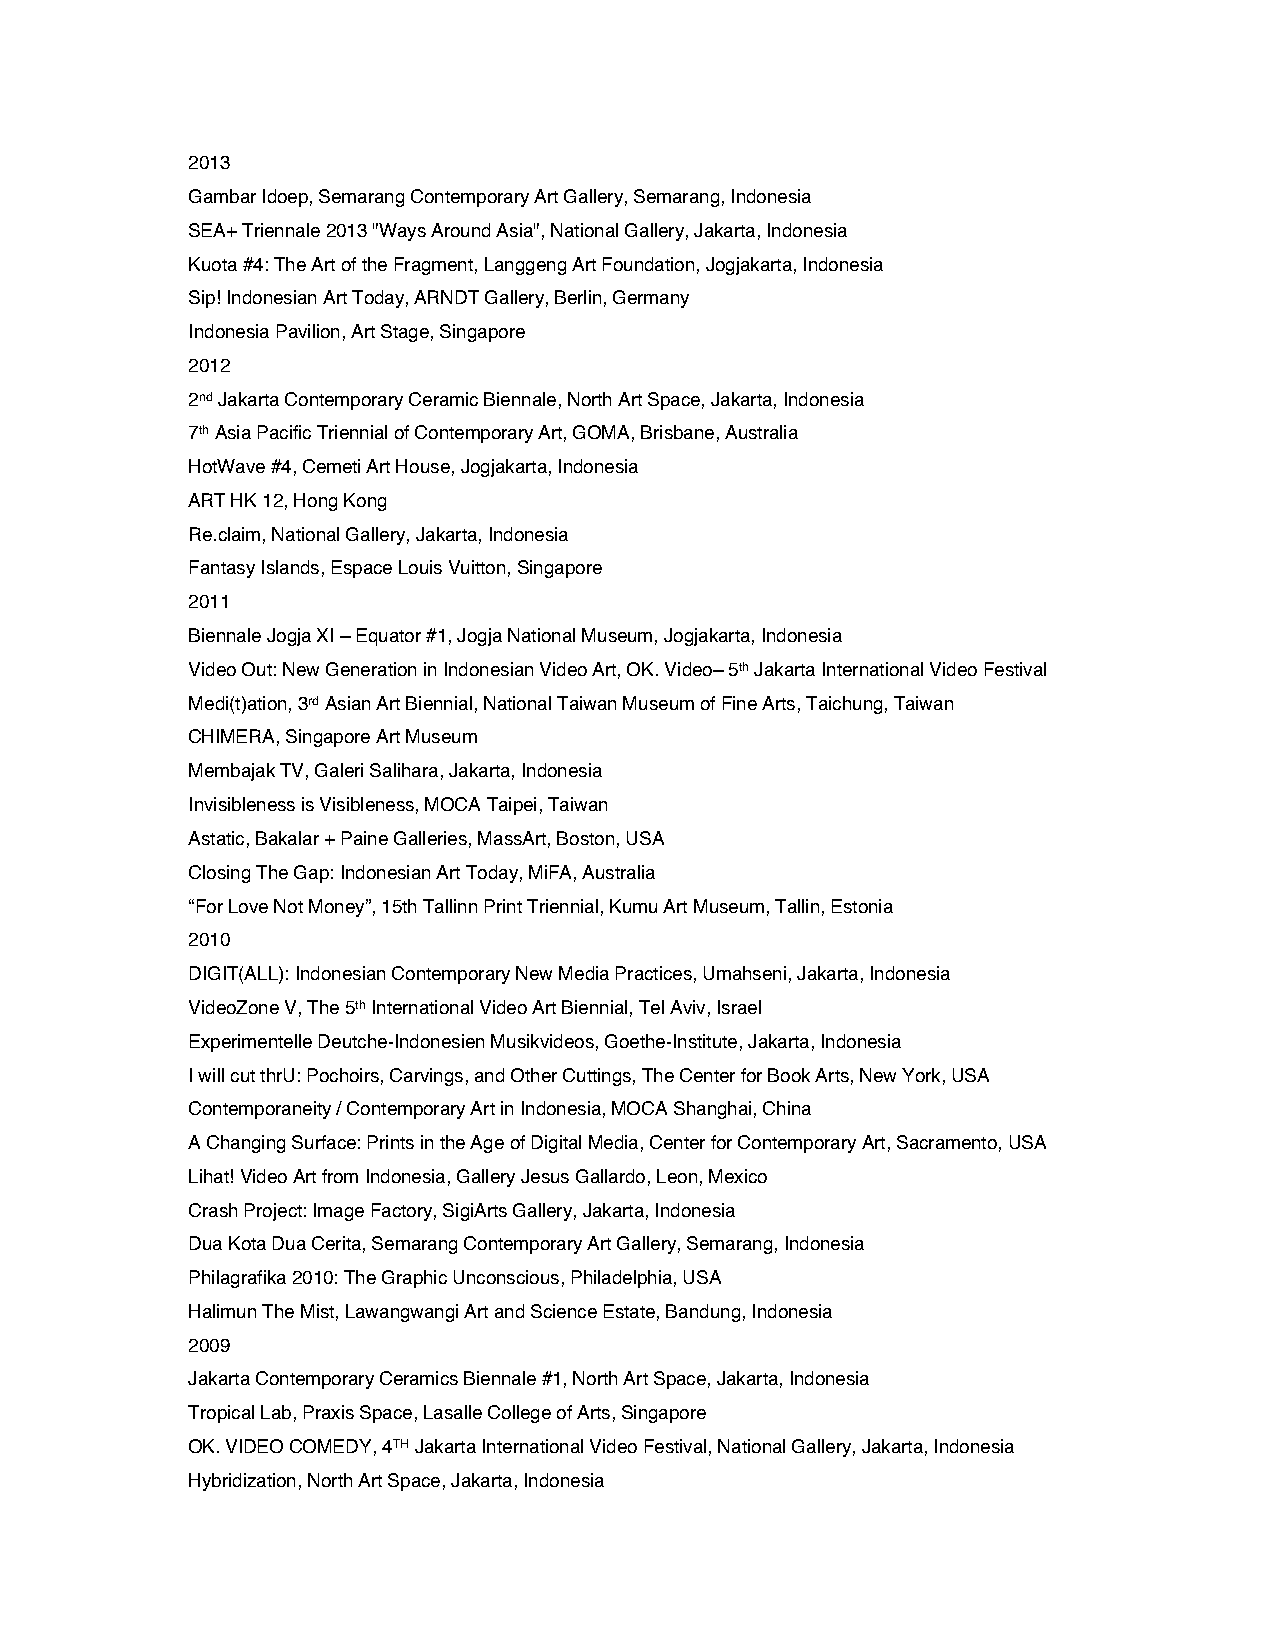
2013
 Gambar Idoep, Semarang Contemporary Art Gallery, Semarang, Indonesia
 SEA+ Triennale 2013 "Ways Around Asia", National Gallery, Jakarta, Indonesia
 Kuota #4: The Art of the Fragment, Langgeng Art Foundation, Jogjakarta, Indonesia
 Sip! Indonesian Art Today, ARNDT Gallery, Berlin, Germany
 Indonesia Pavilion, Art Stage, Singapore
 2012
 2nd Jakarta Contemporary Ceramic Biennale, North Art Space, Jakarta, Indonesia
 7th Asia Pacific Triennial of Contemporary Art, GOMA, Brisbane, Australia
 HotWave #4, Cemeti Art House, Jogjakarta, Indonesia
 ART HK 12, Hong Kong
 Re.claim, National Gallery, Jakarta, Indonesia
 Fantasy Islands, Espace Louis Vuitton, Singapore
 2011
 Biennale Jogja XI – Equator #1, Jogja National Museum, Jogjakarta, Indonesia
 Video Out: New Generation in Indonesian Video Art, OK. Video– 5th Jakarta International Video Festival
 Medi(t)ation, 3rd Asian Art Biennial, National Taiwan Museum of Fine Arts, Taichung, Taiwan
 CHIMERA, Singapore Art Museum
 Membajak TV, Galeri Salihara, Jakarta, Indonesia
 Invisibleness is Visibleness, MOCA Taipei, Taiwan
 Astatic, Bakalar + Paine Galleries, MassArt, Boston, USA
 Closing The Gap: Indonesian Art Today, MiFA, Australia
 “For Love Not Money”, 15th Tallinn Print Triennial, Kumu Art Museum, Tallin, Estonia
 2010
 DIGIT(ALL): Indonesian Contemporary New Media Practices, Umahseni, Jakarta, Indonesia
 VideoZone V, The 5th International Video Art Biennial, Tel Aviv, Israel
 Experimentelle Deutche-Indonesien Musikvideos, Goethe-Institute, Jakarta, Indonesia
 I will cut thrU: Pochoirs, Carvings, and Other Cuttings, The Center for Book Arts, New York, USA
 Contemporaneity / Contemporary Art in Indonesia, MOCA Shanghai, China
 A Changing Surface: Prints in the Age of Digital Media, Center for Contemporary Art, Sacramento, USA
 Lihat! Video Art from Indonesia, Gallery Jesus Gallardo, Leon, Mexico
 Crash Project: Image Factory, SigiArts Gallery, Jakarta, Indonesia
 Dua Kota Dua Cerita, Semarang Contemporary Art Gallery, Semarang, Indonesia
 Philagrafika 2010: The Graphic Unconscious, Philadelphia, USA
 Halimun The Mist, Lawangwangi Art and Science Estate, Bandung, Indonesia
 2009
 Jakarta Contemporary Ceramics Biennale #1, North Art Space, Jakarta, Indonesia
 Tropical Lab, Praxis Space, Lasalle College of Arts, Singapore
 OK. VIDEO COMEDY, 4TH Jakarta International Video Festival, National Gallery, Jakarta, Indonesia
 Hybridization, North Art Space, Jakarta, Indonesia